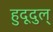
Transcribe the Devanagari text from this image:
हुदूदुल्